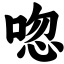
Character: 唿